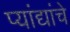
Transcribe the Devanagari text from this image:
प्यांद्यांचे